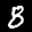
Label: 8